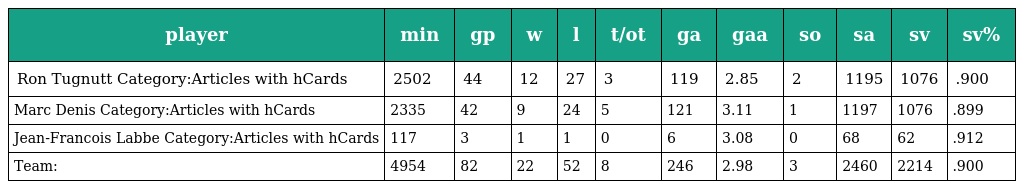
| player | min | gp | w | l | t/ot | ga | gaa | so | sa | sv | sv% |
 | --- | --- | --- | --- | --- | --- | --- | --- | --- | --- | --- | --- |
 | Ron Tugnutt Category:Articles with hCards | 2502 | 44 | 12 | 27 | 3 | 119 | 2.85 | 2 | 1195 | 1076 | .900 |
 | Marc Denis Category:Articles with hCards | 2335 | 42 | 9 | 24 | 5 | 121 | 3.11 | 1 | 1197 | 1076 | .899 |
 | Jean-Francois Labbe Category:Articles with hCards | 117 | 3 | 1 | 1 | 0 | 6 | 3.08 | 0 | 68 | 62 | .912 |
 | Team: | 4954 | 82 | 22 | 52 | 8 | 246 | 2.98 | 3 | 2460 | 2214 | .900 |